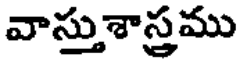
వాస్తుశాస్త్రము